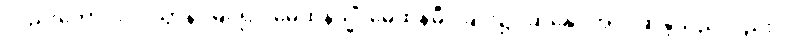
လည်းကောင်း။ ဒိသွာန၊ မြင်၍။ မေထုနသ္မိံ၊ မေထုန်မှီဝဲခြင်း၌။ ဆန္ဒော အပိ၊ ဆန္ဒသည်လည်း။